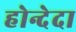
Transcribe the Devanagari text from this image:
होन्देदा